Lunatic asylums Punjab 1881-1894 - 1881-1894
Year: 1881
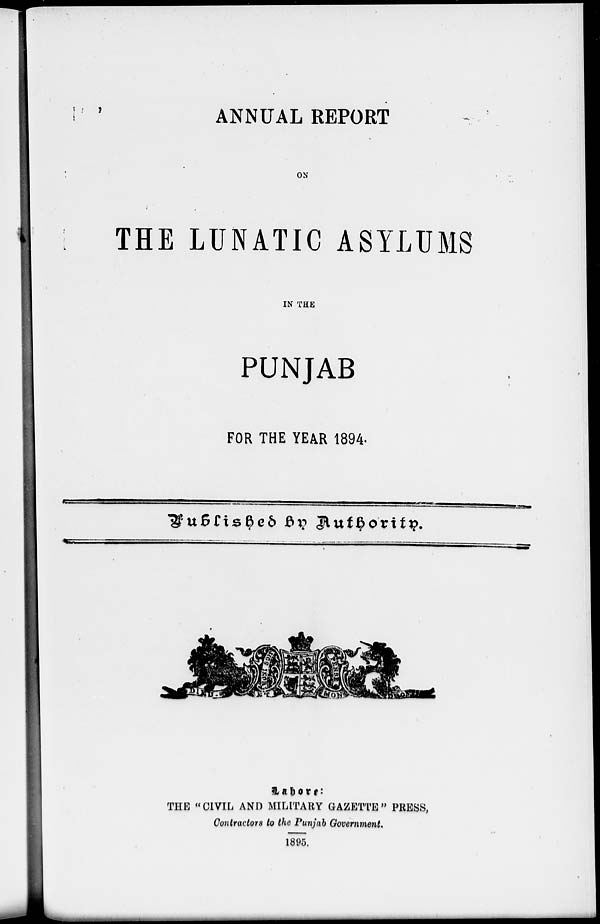
ANNUAL REPORT
ON
THE LUNATIC ASYLUMS
IN THE
PUNJAB
FOR THE YEAR 1894.
Published By Authority.
THE "CIVIL AND MILITARY GAZETTE" PRESS,
Contractors to the Punjab Government.
1895.